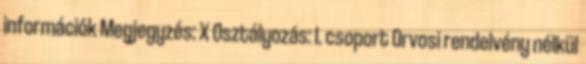
információk Megjegyzés: X Osztályozás: I. csoport Orvosi rendelvény nélkül